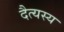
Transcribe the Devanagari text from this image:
दैत्यस्य